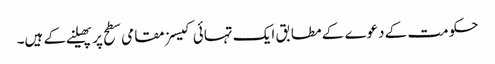
حکومت کے دعوے کے مطابق ایک تہائی کیسز مقامی سطح پر پھیلنے کے ہیں۔